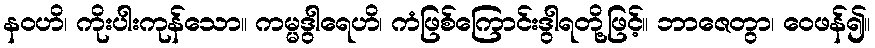
နဝဟိ၊ ကိုးပါးကုန်သော။ ကမ္မဒွါရေဟိ၊ ကံဖြစ်ကြောင်းဒွါရတို့ဖြင့်။ ဘာဇေတွာ၊ ဝေဖန်၍။